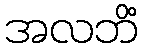
အလဘိံ